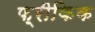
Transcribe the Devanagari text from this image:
फ़्रीकिक